Lunatic asylums Bombay report 1891-1903 - 1891-1903
Year: 1891
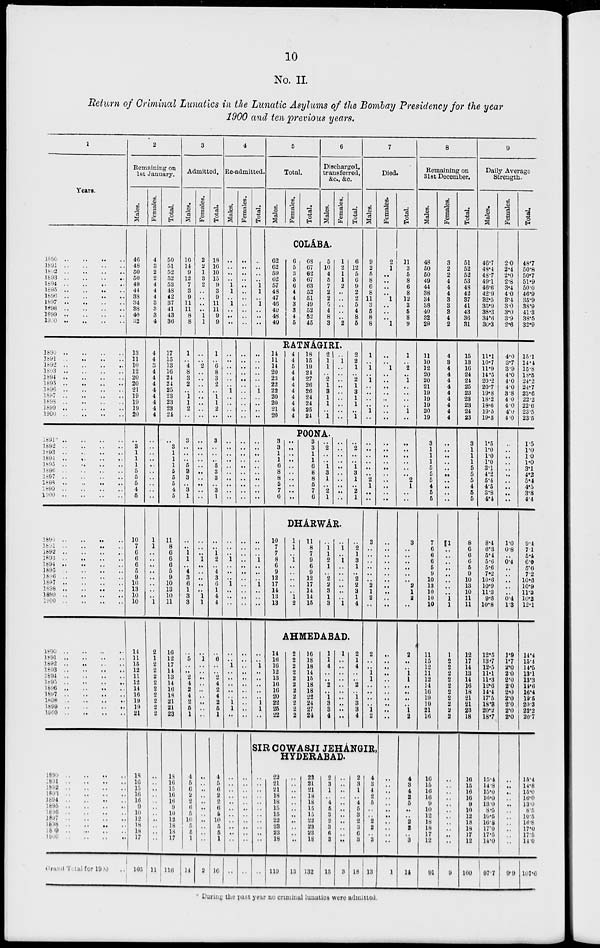
10
No. II.
Return of Criminal Lunatics in the Lunatic Asylums of the Bombay Presidency for the year
1900 and ten previous years.
1
Years.
1890
..
..
..
..
1891 .. .. .. ..
1892 .. .. .. ..
1893
..
..
..
..
1894
..
..
..
..
1895
..
..
..
..
1896 .. .. .. ..
1897
..
..
..
..
1898
..
..
..
..
1899
..
..
..
..
1900
..
..
..
..
1890
..
..
..
..
1891
..
..
..
..
1892
..
..
..
..
1893
..
..
..
..
1894
..
..
..
..
1895
..
..
..
..
1896
..
..
..
..
1897
..
..
..
..
1898
..
..
..
..
1899
..
..
..
..
1900
..
..
..
..
1891 .. .. .. ..
1892 .. .. .. ..
1893 .. .. .. ..
1894 .. .. .. ..
1895 ..
..
..
..
1896
..
..
..
..
1897
..
..
..
..
1898 .. .. .. ..
1899
..
..
..
..
1900
..
..
..
..
1890 .. .. .. ..
1891 .. .. .. ..
1892 .. .. .. ..
1893
..
..
..
..
1894
..
..
..
..
1895 .. .. .. ..
1896 .. .. .. ..
1897
..
..
..
..
1898
..
..
..
..
1899 .. .. .. ..
1900
..
..
..
..
1890
..
..
..
..
1891 .. .. .. ..
1892 .. .. .. ..
1893 .. .. .. ..
1894
..
..
..
..
1895 .. .. .. ..
1896
..
..
..
..
1897
..
..
..
..
1898 .. .. .. ..
1899
..
..
..
..
1900
..
..
..
..
1899 .. .. .. ..
1891
..
..
..
..
1892
..
..
..
..
1893 .. .. .. ..
1894
..
..
..
..
1895
..
..
..
..
1896 .. .. .. ..
1897 .. .. .. ..
1898
..
..
..
..
1899
..
..
..
..
1900 .. .. .. ..
Grand Total for 1990
2
Remaining on
1st January.
Males.
46
48
50
50
49
44
38
34
38
40
32
13
11
10
12
20
20
21
19
19
19
20
..
3
1
1
1
5
5
5
4
5
10
7
6
6
6
5
9
10
13
10
10
14
11
15
12
11
12
14
16
19
19
21
18
16
15
16
16
9
10
12
18
18
17
105
Females.
4
3
2
2
4
4
4
3
3
3
4
4
4
3
4
4
4
4
4
4
4
4
..
..
..
..
..
..
..
..
..
..
1
1
..
..
..
..
..
..
..
..
1
2
1
2
2
2
2
2
2
2
2
2
..
..
..
..
..
..
..
..
..
..
..
11
Total.
50
51
52
52
53
48
42
37
41
43
36
17
15
13
16
24
24
25
23
23
23
24
..
3
1
1
1
5
5
5
4
5
11
8
6
6
6
5
9
10
13
10
11
16
12
17
14
13
14
16
18
21
21
23
18
16
15
16
16
9
10
12
18
18
17
116
3
Admitted.
Males.
16
14
9
12
7
3
9
11
11
8
8
1
..
4
8
3
2
..
1
1
2
..
3
..
..
..
5
3
3
..
3
1
..
..
1
1
..
4
3
6
1
3
3
..
5
..
..
2
4
2
4
2
5
1
4
5
6
2
2
6
5
10
5 5
1
14
Females.
2
2
1
3
2
..
..
..
..
1
1
..
..
2
..
..
..
..
..
..
..
..
..
..
..
..
..
..
..
..
..
..
..
..
..
1
..
.. ..
..
..
1
1
..
1
..
.. ..
..
.. ..
..
..
..
..
..
..
..
..
..
..
..
..
..
..
2
Total.
18
16
10
15
9
3
9
11
11
9
9
1
..
6
8
3
2
..
1
1
2
..
3
..
..
..
5
3
3
..
3
1
..
..
1
2
..
4
3
6
1
4
4
..
6
..
.. 2
4
2
4
2
5
1
4
5
6
2
2
6
5
10
5
5
1
10
4
Re-admitted.
Males.
..
..
..
..
1
1
..
1
..
..
..
..
..
..
..
..
..
1
..
..
..
..
..
..
..
..
..
..
..
..
..
..
..
..
..
1
..
..
..
1
..
..
..
..
..
1
..
..
..
.. ..
1
1
..
..
..
..
..
..
..
..
..
..
..
..
..
Females.
..
..
..
..
..
..
..
..
..
..
..
..
..
..
..
..
..
..
..
..
..
..
..
..
..
..
..
..
..
..
..
..
..
..
..
..
..
..
..
..
..
..
..
..
..
..
..
..
..
..
..
..
..
..
..
..
..
..
..
..
..
..
..
..
..
..
Total.
..
..
..
..
1
1
..
1
..
..
..
..
..
..
..
..
..
1
..
..
..
..
..
..
..
..
..
..
..
..
..
..
..
..
..
1
..
..
..
1
..
..
..
..
..
1
..
..
..
.. ..
1
1
5
Total.
Males.
Females.
Total.
6
Discharged,
transferred,
&c., &c.
Males.
Females.
Total.
COLA'BA.
62
62
59
62
57
48
47
46
49
48
40
6
5
3
5
6
4
4
3
3
4
5
68
67
62
67
63
52
51
49
52
52
45
5
10
4
5
7
2
2
5
4
8
3
1
2
1
1
2
..
..
..
..
..
2
6
12
5
6
9
2
2
5
4
8
5
7
Died.
Males.
9
2
5
8
6
8
11
3
5
8
8
RATNA'GIRI.
14
11
14
20
23
22
22
20
20
21
20
4
4
5
4
4
4
4
4
4
4
4
18
15
19
21
27
26
26
24
24
25
24
2
1
1
.. 2
1
3
1
1
..
1
..
1
..
..
..
..
..
..
..
..
..
2
2
1
..
2
1
3
1
1
..
1
POONA.
3
3
1
1
6
8
8
5
7
6
..
..
..
..
..
..
..
..
..
..
3
3
1
1
6
8
8
5
7
6
..
2
..
..
1
3
1
..
2
1
..
..
..
..
..
..
..
..
..
..
..
2
..
..
1
3
1
..
2
1
DHA'RWA'R.
10
7
7
8
6
9
12
17
14
13
13
1
1
..
1
..
.. ..
..
..
1
2
11
8
7
9
6
9
12
17
14
14
15
..
1
1
2
1
.. 2
2
3
1
3
..
1
..
1
..
.. ..
..
..
..
1
..
2
1
3
1
..
2
2
3
1
4
AHMEDABAD.
14
16
16
12
13
16
16
20
22
25
22
2
2
2
2
2
2
2
2
2
2
2
16
18
18
14
15
18
18
22
24
27
24
1
1
4
..
..
2
..
1
3
3
4
1
..
..
..
..
..
.. ..
..
..
..
2
1
4
..
..
2
..
1
3
3
4
1
..
1
..
1
..
..
..
..
1
..
..
..
..
..
..
..
2
1
..
..
3
..
..
..
..
..
..
2
1
2
..
2
..
..
1
1
..
.. ..
..
1
2
SIR COWASJI JEHA'NGIR
HYDERABAD.
..
..
..
..
..
..
..
..
..
..
..
..
22
21
21
18
18
15
15
22
23
23
18
119
..
..
..
..
..
..
..
..
..
..
..
13
22
21
21
18
18
15
15
23
23
23
18
132
2
3
1
..
4
5 3
2
3
6
3
15
..
..
..
..
..
..
..
..
..
..
..
3
2
3
1
..
4
5
3
2
3
6
3
18
4
3
4
2
5
..
..
2
2
..
3
13
Females.
2
1
..
..
..
..
1
..
..
..
1
..
..
1
..
..
..
..
..
..
..
..
..
..
..
..
..
..
..
..
..
..
..
..
..
..
..
..
..
..
..
..
..
..
..
..
..
..
..
..
..
..
..
..
..
..
..
..
..
..
..
..
..
..
..
1
Total.
11
3
5
8
6
8
12
3
5
8
9
1
..
2
1
..
..
..
..
1
..
..
..
..
..
..
..
2
1
..
..
3
..
..
..
..
..
..
2
1
2
..
2
..
..
1
1
..
..
..
..
1
2
4
3
4
2
5
..
..
2
2
..
3
14
8
Remaining on
31st December.
Males.
43
50
50
49
44
38
34
38
40
32
29
11
10
12
20
20
21
19
19
19
20
19
3
1
1
1
5
5
5
4
5
5
7
6
6
6
5
9
10
13
10
10
10
11
15
12
11
12
14
16
19
19
21
16
16
15
16
16
9
10
12
18
18
17
12
91
Females.
3
2
2
4
4
4
3
3
3
4
2
4
3
4
4
4
4
4
4
4
4
4
..
..
..
..
..
..
..
..
..
..
1
..
..
..
..
..
..
..
..
1
1
1
2
2
2
2
2
2
2
2
2
2
..
..
..
..
..
..
..
..
..
..
..
9
Total.
51
52
52
53
48
42
37
41
43
36
31
15
13
16
24
24
25
23
23
23
24
23
3
1
1
1
5
5
5
4
5
5
8
6
6
0
5
9
10
13
10
11
11
12
17
14
13
14
10
18
21
21
23
18
16
15
16
10
9
10
12
13
18
17
12
100
9
Daily Average
Strength.
Males.
46.7
48.4
48.7
49.1
46.6
42.9
32.5
35.9
38.3
34.6
30.3
11.1
10.7
11.9
14.5
20.2
20.7
19.8
18.2
18.6
19.5
19.5
1.5
1.0
1.0 1.0
3.1
4.2
5.4
4.5
3.8
4.4
8.4
6.3
5.4
5.6
5.6
7.2
10.6
10.9
11.3
9.8
10.8
12.5
13.7
12.5
11.1
11.3
12.6
14.4
17.5
18.3
20.2
18.7
15.4
14.8
15.0
16.0
13.0
8.5
16.5
16.8
17.0
17.5
14.4
97.7
Females.
2.0
2.4
2.0
2.8
3.4
4.0
3.4
3.0
3.0
3.9
2.6
4.0
3.7
3.9
4.0
4.0
4.0
3.8
4.0
4.0
4.0
4.0
..
..
..
..
..
..
..
..
..
..
1.0
0.8
..
0.4
..
..
..
..
..
0.4
1.3
1.9
1.7
2.0
2. 0
2.0
2.0
2.0
2.0
2.0
2.0
2.0
..
..
..
..
..
..
..
..
..
..
..
9.9
Total.
48.7
50.8
50.7
51.9
50.0
46.9
35.9
38.9
41.3
38.5
32.9
15.1
14.4
15.8
18.5
24. 2
24.7
23.6
22.2
22.6
23.5
23.5
1.5
1.0
1.0
1.0
3.1
4.2
5.4
4.5
3.8
4.4
9.4
7.1
5.4
6.0
5.6
7.2
10.6
10.9
11.3
10.2
12.1
14.4
15.4
14.5
13.1
13.3
14.6
16.4
19.5
20.3
22.2
20.7
15.4
14.8
15.0
16.0
13.0
8.5
10.5
16.8
17.0
17.5
14.0
107.6
*During the past year no criminal lunatics were admitted.